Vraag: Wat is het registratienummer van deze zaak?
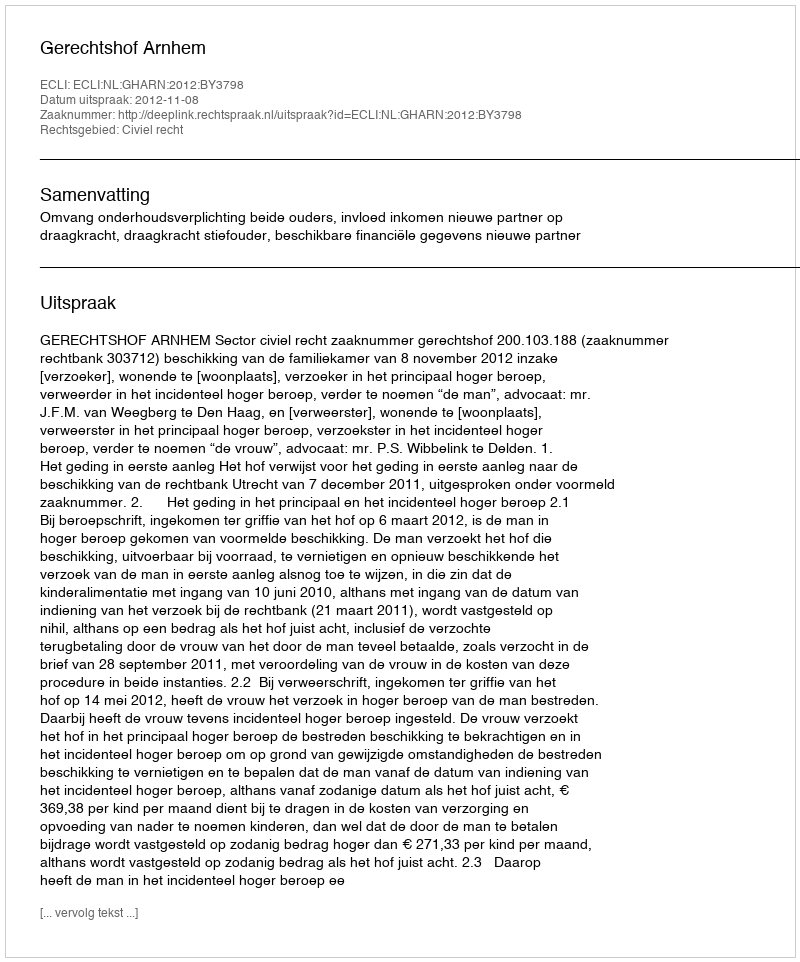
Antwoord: http://deeplink.rechtspraak.nl/uitspraak?id=ECLI:NL:GHARN:2012:BY3798